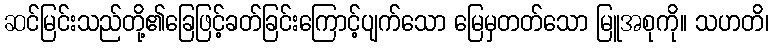
ဆင်မြင်းသည်တို့၏ခြေဖြင့်ခတ်ခြင်းကြောင့်ပျက်သော မြေမှတတ်သော မြူအစုကို။ သဟတိ၊